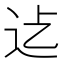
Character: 𮞂